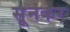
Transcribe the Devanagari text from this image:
सूनकर